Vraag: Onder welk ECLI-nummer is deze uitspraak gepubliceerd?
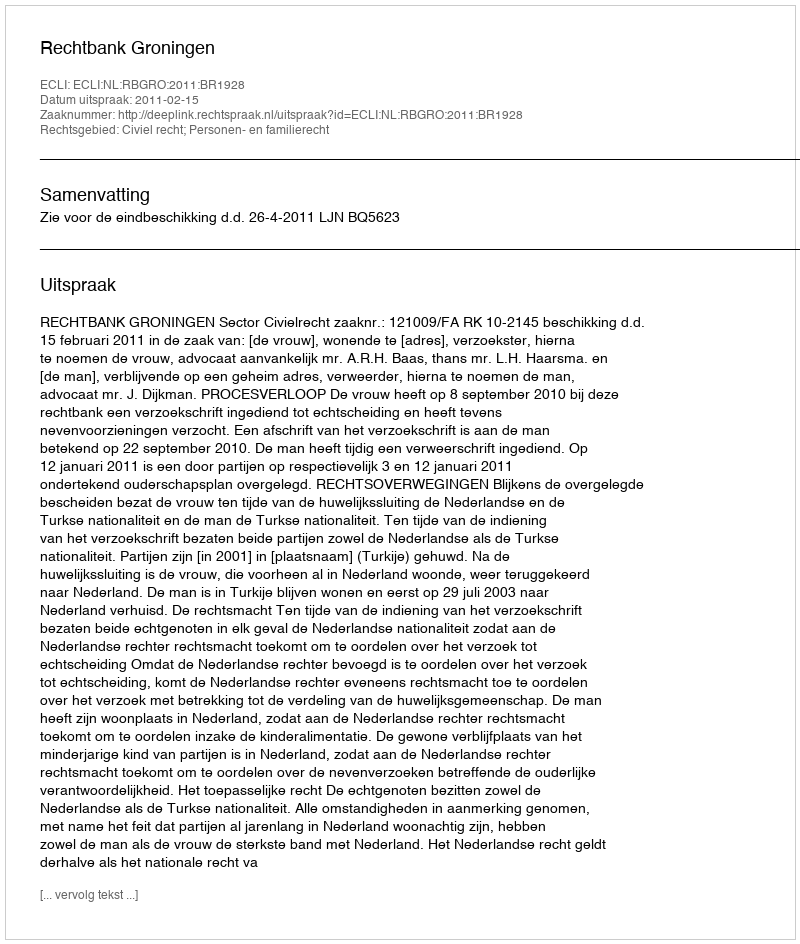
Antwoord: ECLI:NL:RBGRO:2011:BR1928